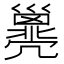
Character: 𢀈